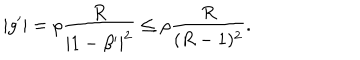
| g ^ { \prime } | = \rho { \frac { R } { | 1 - \beta ^ { \prime } | ^ { 2 } } } \leq \rho { \frac { R } { ( R - 1 ) ^ { 2 } } } .